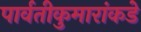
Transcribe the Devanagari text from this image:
पार्वतीकुमारांकडे